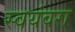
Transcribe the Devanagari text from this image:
स्वयंवरा